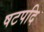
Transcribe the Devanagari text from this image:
षटपदि